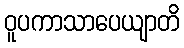
ဝူပကာသာပေယျာတိ